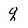
Character: q